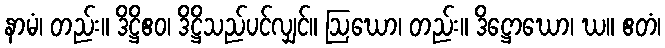
နာမံ၊ တည်း။ ဒိဋ္ဌိဧဝ၊ ဒိဋ္ဌိသည်ပင်လျှင်။ ဩဃော၊ တည်း။ ဒိဋ္ဌောဃော၊ ဃ။ ဧတံ၊